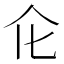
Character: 𠆪